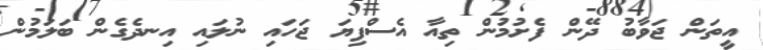
އީތަން ޖަވާބު ދޭން ފެށުމުން ތިއާ އެސްފިޔަ ޖަހައި ނުލައި އިނދެގެން ބަލަމުން